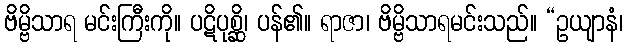
ဗိမ္ဗိသာရ မင်းကြီးကို။ ပဋိပုစ္ဆိ၊ ပန်၏။ ရာဇာ၊ ဗိမ္ဗိသာရမင်းသည်။ “ဥယျာနံ၊